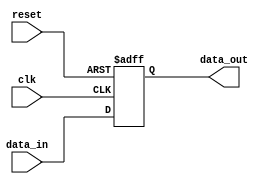
module synchronous_register (
    input wire clk,          // Clock input
    input wire reset,        // Asynchronous reset input
    input wire [7:0] data_in, // 8-bit input data
    output reg [7:0] data_out // 8-bit output data
);

    // Sequential logic triggered on the positive edge of the clock
    always @ (posedge clk or posedge reset) begin
        if (reset) begin
            // Reset the output to zero
            data_out <= 8'b0;
        end else begin
            // Update the output with the input data
            data_out <= data_in;
        end
    end

endmodule